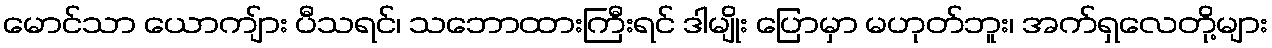
မောင်သာ ယောကျ်ား ပီသရင်၊ သဘောထားကြီးရင် ဒါမျိုး ပြောမှာ မဟုတ်ဘူး၊ အက်ရှလေတို့များ